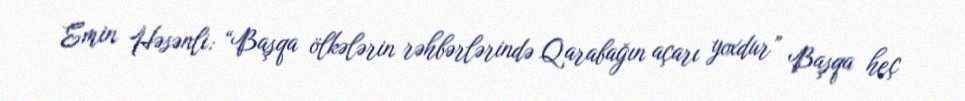
Emin Həsənli: “Başqa ölkələrin rəhbərlərində Qarabağın açarı yoxdur” Başqa heç